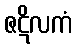
ဇဋိလကံ